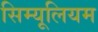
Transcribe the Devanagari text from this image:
सिम्यूलियम